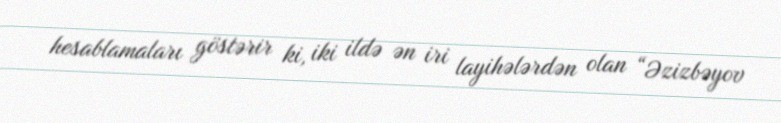
hesablamaları göstərir ki, iki ildə ən iri layihələrdən olan “Əzizbəyov